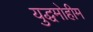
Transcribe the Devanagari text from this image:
युद्धमोहीम